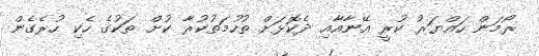
ރޯމަން ހައްޔަރު ކުރީ އޭނާއާއި ދެކޮޅަށް ތުހުމަތުކުރާ ކުށް ތަކުގެ ހެކި ހުރެގެން